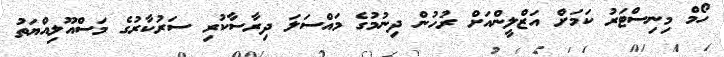
ހޯމް މިނިސްޓަރު ކަމަށް އަޒްލީންއަށް ރުހުން ދިނުމުގެ މައްސަލަ ދިރާސާކުރި ސަރުކާރުގެ މަސްއޫލިއްޔަތު